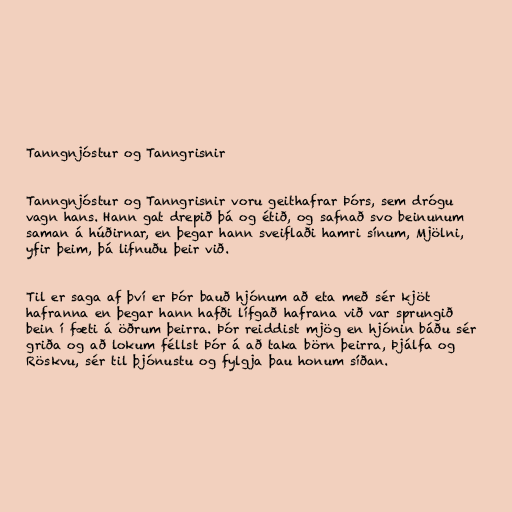
Tanngnjóstur og Tanngrisnir

Tanngnjóstur og Tanngrisnir voru geithafrar Þórs, sem drógu
vagn hans. Hann gat drepið þá og étið, og safnað svo beinunum
saman á húðirnar, en þegar hann sveiflaði hamri sínum, Mjölni,
yfir þeim, þá lifnuðu þeir við.

Til er saga af því er Þór bauð hjónum að eta með sér kjöt
hafranna en þegar hann hafði lífgað hafrana við var sprungið
bein í fæti á öðrum þeirra. Þór reiddist mjög en hjónin báðu sér
griða og að lokum féllst Þór á að taka börn þeirra, Þjálfa og
Röskvu, sér til þjónustu og fylgja þau honum síðan.